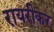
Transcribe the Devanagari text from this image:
रायरीकर